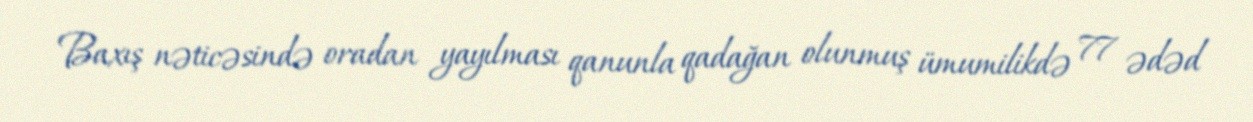
Baxış nəticəsində oradan yayılması qanunla qadağan olunmuş ümumilikdə 77 ədəd